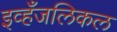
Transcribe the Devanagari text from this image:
इव्हँजलिकल